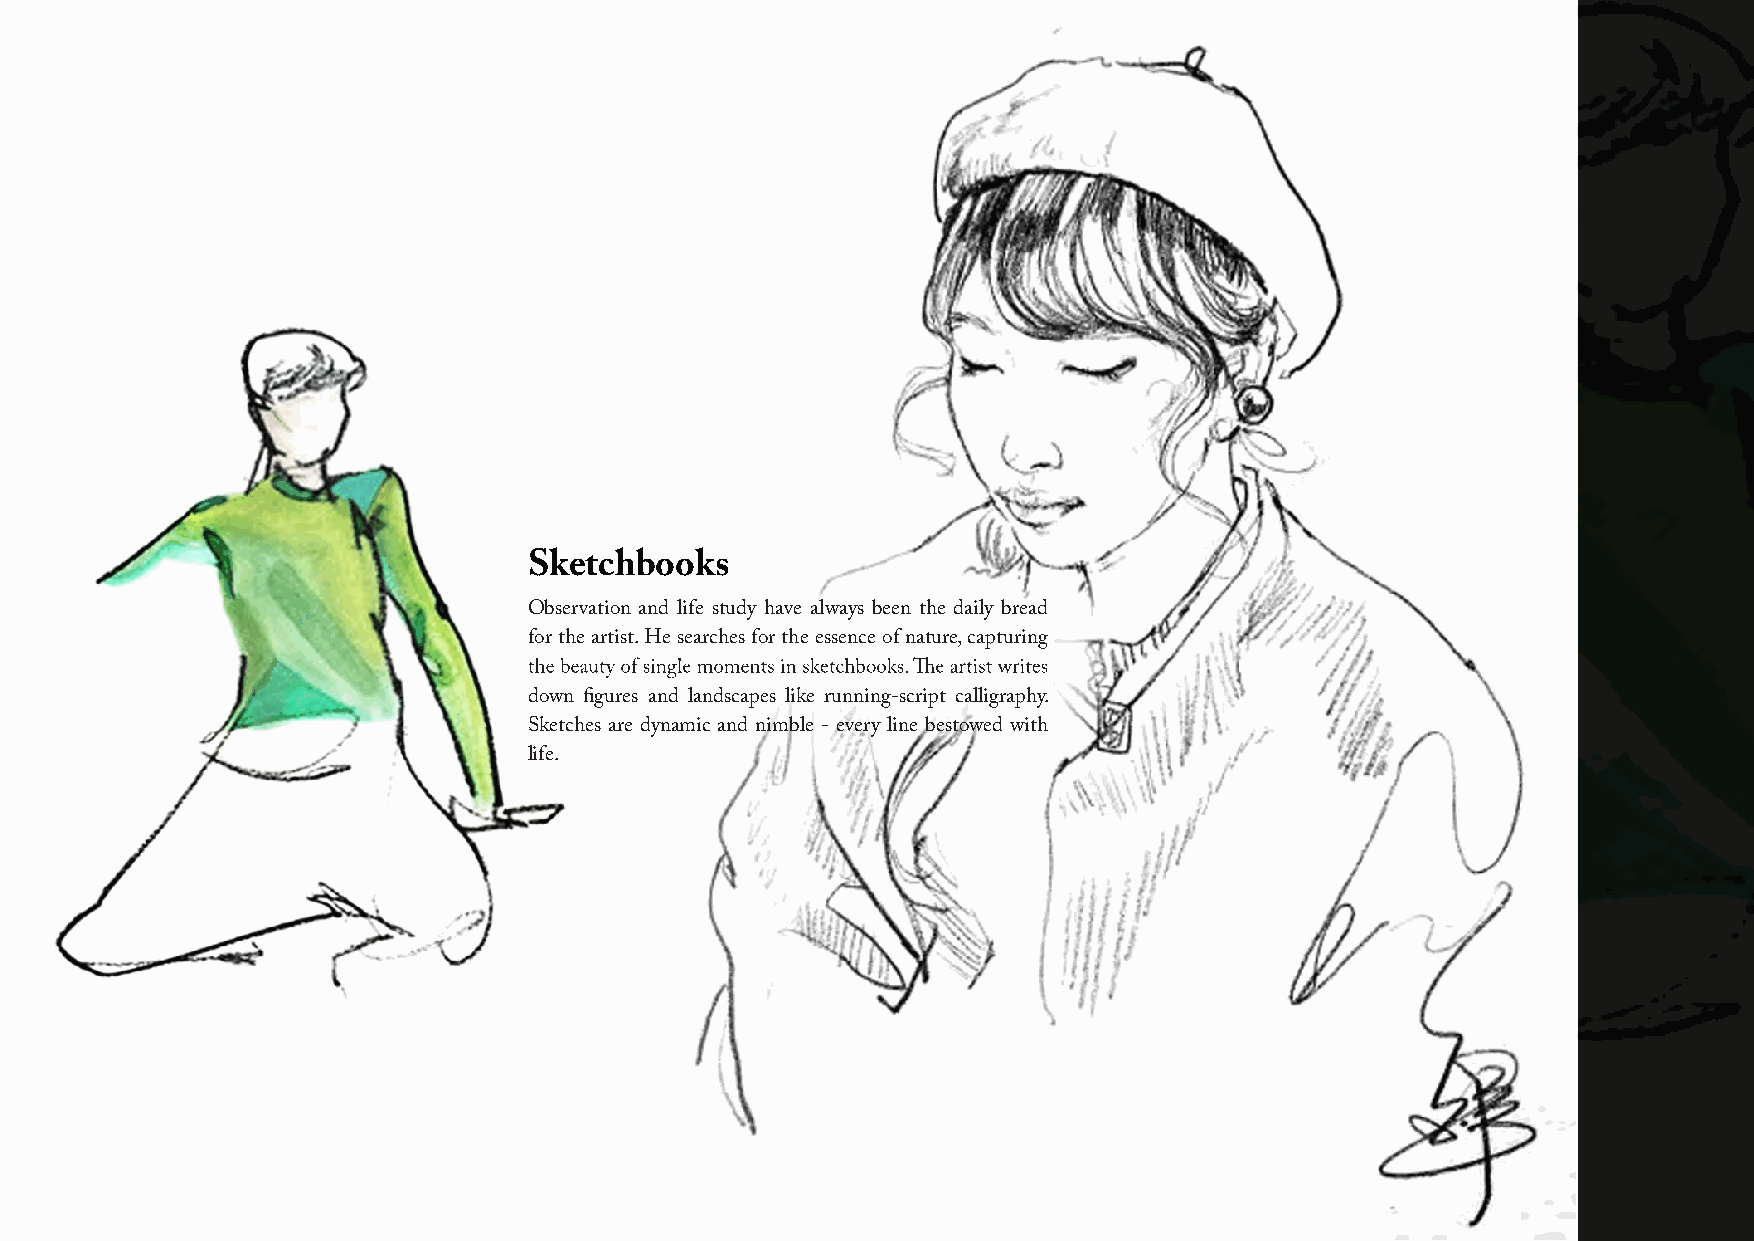
Sketchbooks
 Observation and life study have always been the daily bread
 for the artist. He searches for the essence of nature, capturing
 down figures and landscapes like running-script calligraphy.
 Sketches are dynamic and nimble - every line bestowed with
 life.